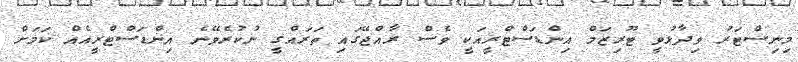
މިނިސްޓަރު ވިދާޅުވީ ޓޫރިޒަމް އިންޑަސްޓްރީއަކީ ވެސް ރާއްޖޭގައި ތަރައްގީ ނުކުރެވޭނެ އިންޑަސްޓްރީއެއް ކަމަށް